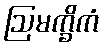
ဩမက္ခိကံ